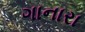
ગાનારા